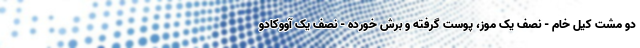
دو مشت کیل خام - نصف یک موز، پوست گرفته و برش خورده - نصف یک آووکادو